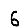
Digit: 6